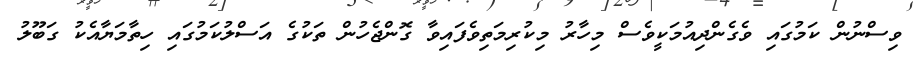
ވިސްނުން ކަމުގައި ވެގެންދިއުމަކީވެސް މިހާރު މިކުރިމަތިވެފައިވާ ގޮންޖެހުން ތަކުގެ އަސްލުކަމުގައި ހިތާމަޔާއެކު ގަބޫލު